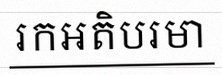
រកអតិបរមា